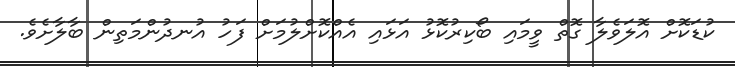
ކުޑަކޮށް އޮލަވެލާ ގޮތް ވީމައި ބޯކިރުކޮޅު އަޅައި އެއްކޮށްލުމަށް ފަހު އުނދުންމަތިން ބާލާށެވެ.